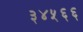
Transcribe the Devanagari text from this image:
३४५६६